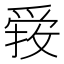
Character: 𱭃